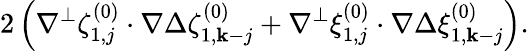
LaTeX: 2\left(\nabla^{\perp}\zeta_{1,j}^{(0)}\cdot\nabla\Delta\zeta_{1,\mathbf{k}-j}^{(0)}+\nabla^{\perp}\xi_{1,j}^{(0)}\cdot\nabla\Delta\xi_{1,\mathbf{k}-j}^{(0)}\right).